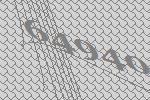
64940